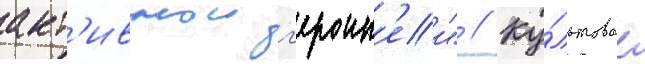
акт'ивнои г'ероин'еи" // Ку́льтовое